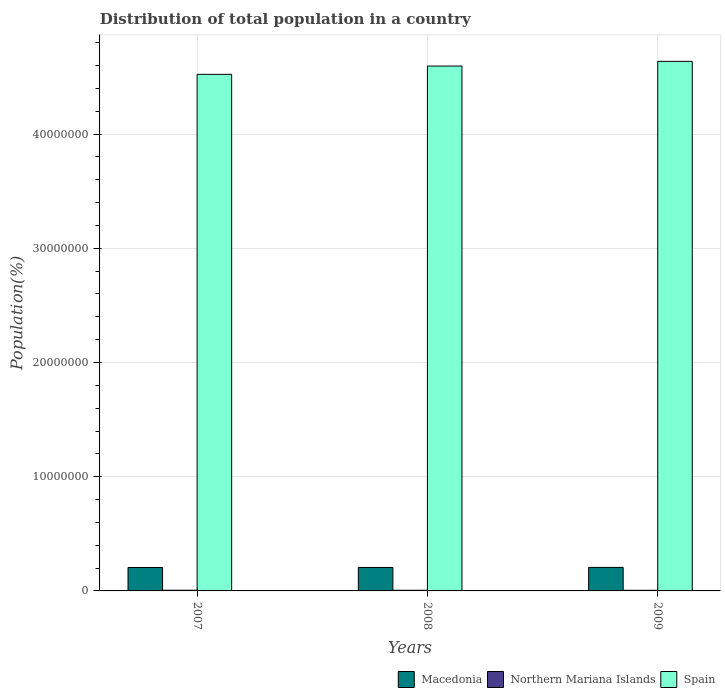
| Years | Macedonia | Northern Mariana Islands | Spain |
 | --- | --- | --- | --- |
 | 2007 | 2.05e+06 | 5.98e+04 | 4.52e+07 |
 | 2008 | 2.06e+06 | 5.73e+04 | 4.6e+07 |
 | 2009 | 2.06e+06 | 5.53e+04 | 4.64e+07 |